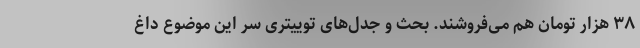
۳۸ هزار تومان هم می‌فروشند. بحث و جدل‌های توییتری سر این موضوع داغ